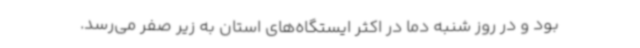
بود و در روز شنبه دما در اکثر ایستگاه‌های استان به زیر صفر می‌رسد.